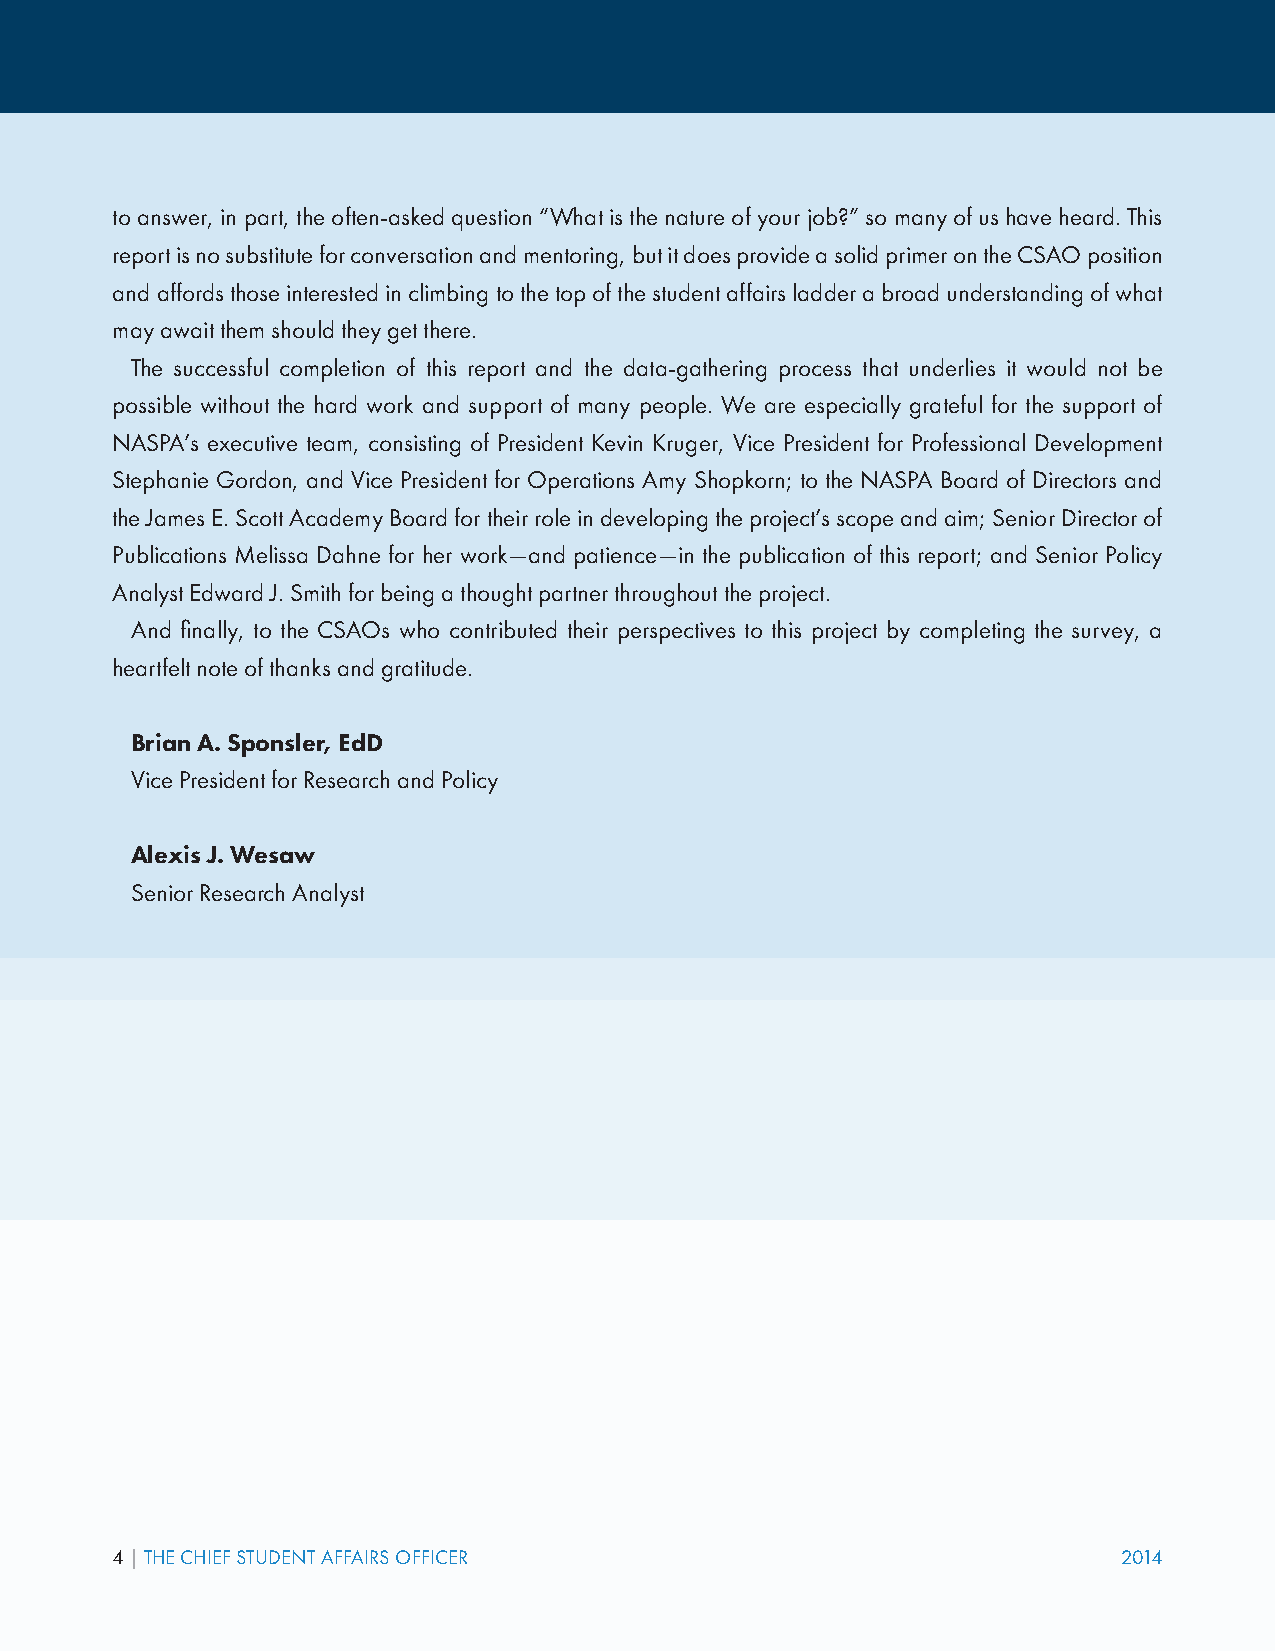
to answer, in part, the often-asked question “What is the nature of your job?” so many of us have heard. This
 report is no substitute for conversation and mentoring, but it does provide a solid primer on the CSAO position
 and affords those interested in climbing to the top of the student affairs ladder a broad understanding of what
 may await them should they get there.
 The successful completion of this report and the data-gathering process that underlies it would not be
 possible without the hard work and support of many people. We are especially grateful for the support of
 NASPA’s executive team, consisting of President Kevin Kruger, Vice President for Professional Development
 Stephanie Gordon, and Vice President for Operations Amy Shopkorn; to the NASPA Board of Directors and
 the James E. Scott Academy Board for their role in developing the project’s scope and aim; Senior Director of
 Publications Melissa Dahne for her work—and patience—in the publication of this report; and Senior Policy
 Analyst Edward J. Smith for being a thought partner throughout the project.
 And finally, to the CSAOs who contributed their perspectives to this project by completing the survey, a
 heartfelt note of thanks and gratitude.
 Brian A. Sponsler, EdD
 Vice President for Research and Policy
 Alexis J. Wesaw
 Senior Research Analyst
 4 | THE CHIEF STUDENT AFFAIRS OFFICER                              2014